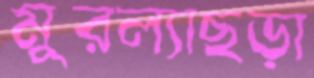
মুরল্যাছড়া